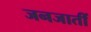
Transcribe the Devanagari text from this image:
जनजातीं